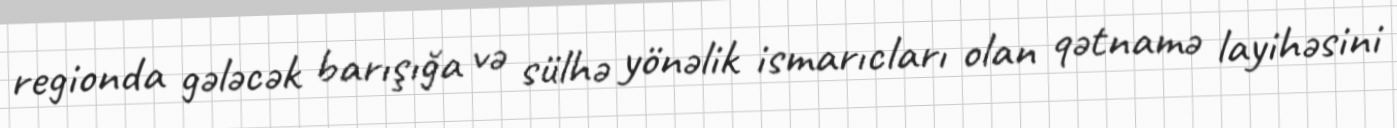
regionda gələcək barışığa və sülhə yönəlik ismarıcları olan qətnamə layihəsini